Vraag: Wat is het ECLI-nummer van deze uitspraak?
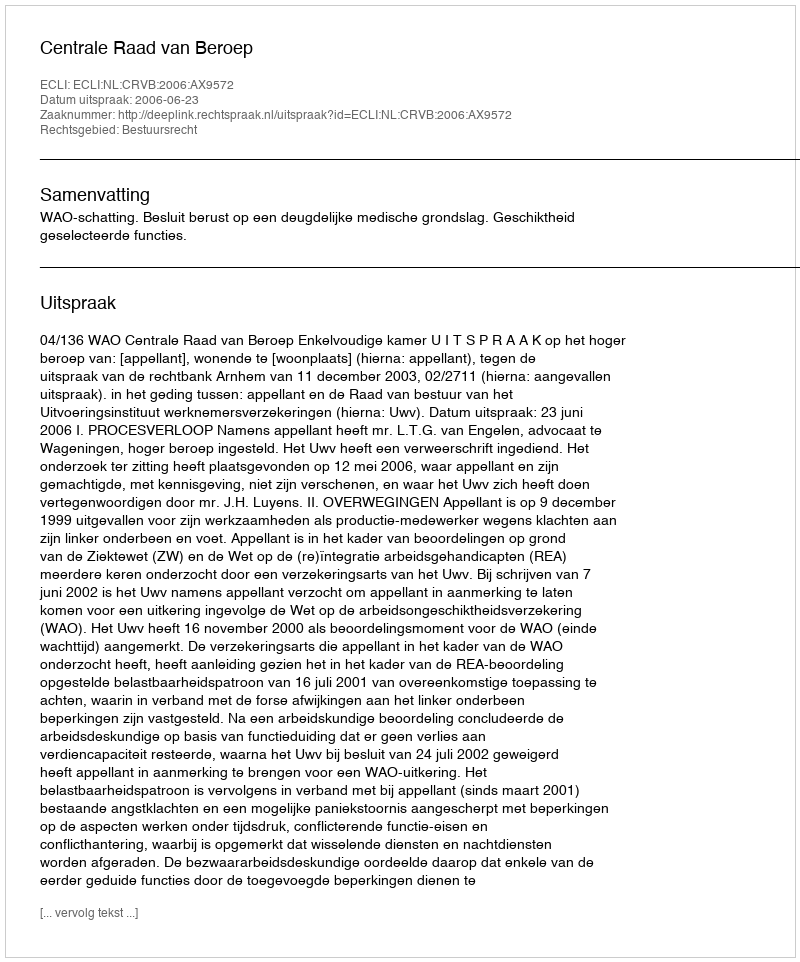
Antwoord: ECLI:NL:CRVB:2006:AX9572